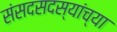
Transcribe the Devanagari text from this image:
संसदसदस्यांच्या